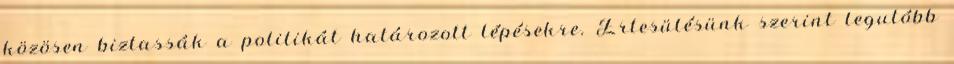
közösen biztassák a politikát határozott lépésekre. Értesülésünk szerint legutóbb